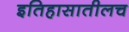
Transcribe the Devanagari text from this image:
इतिहासातीलच